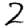
Digit: 2